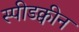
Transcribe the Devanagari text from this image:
स्पीडक्वीन